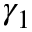
\gamma _ { 1 }